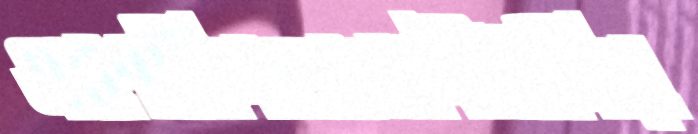
একাধিপত্যবাদীইনিয়